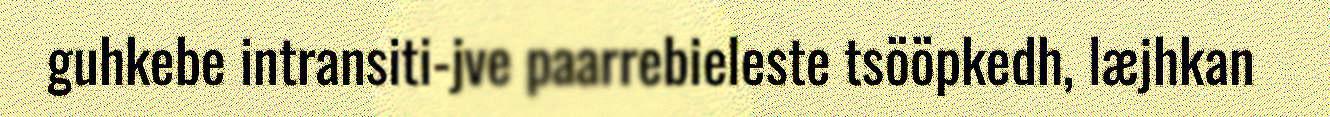
guhkebe intransiti-jve paarrebieleste tsööpkedh, læjhkan